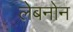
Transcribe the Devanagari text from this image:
लेबनोन